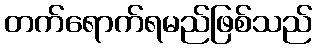
တက်ရောက်ရမည်ဖြစ်သည်